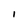
Character: I